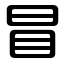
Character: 冒